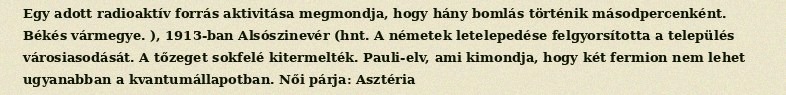
Egy adott radioaktív forrás aktivitása megmondja, hogy hány bomlás történik másodpercenként. Békés vármegye. ), 1913-ban Alsószinevér (hnt. A németek letelepedése felgyorsította a település városiasodását. A tőzeget sokfelé kitermelték. Pauli-elv, ami kimondja, hogy két fermion nem lehet ugyanabban a kvantumállapotban. Női párja: Asztéria